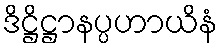
ဒိဋ္ဌိဋ္ဌာနပ္ပဟာယိနံ